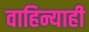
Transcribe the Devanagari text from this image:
वाहिन्याही